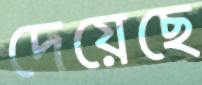
দেয়েছে